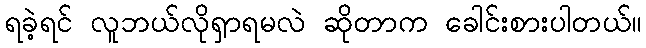
ရခဲ့ရင် လူဘယ်လိုရှာရမလဲ ဆိုတာက ခေါင်းစားပါတယ်။